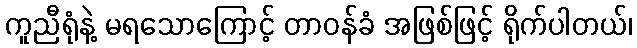
ကူညီရုံနဲ့ မရသောကြောင့် တာဝန်ခံ အဖြစ်ဖြင့် ရိုက်ပါတယ်၊